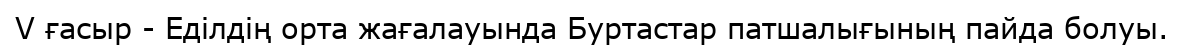
V ғасыр - Еділдің орта жағалауында Буртастар патшалығының пайда болуы.